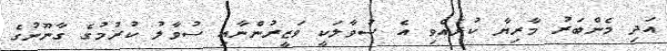
އަދި މެންބަރު މާރިޔާ ކުރެއްވި އެ ސުވާލަކީ ވަޒީރުންނާއި ސުވާލު ކުރުމުގެ ގާނޫނުގެ